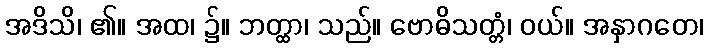
အဒိသိ၊ ၏။ အထ၊ ၌။ ဘတ္ထာ၊ သည်။ ဗောဓိသတ္တံ၊ ဝယ်။ အနှာဂတေ၊